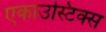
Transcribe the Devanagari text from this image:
एकाउस्टिक्स